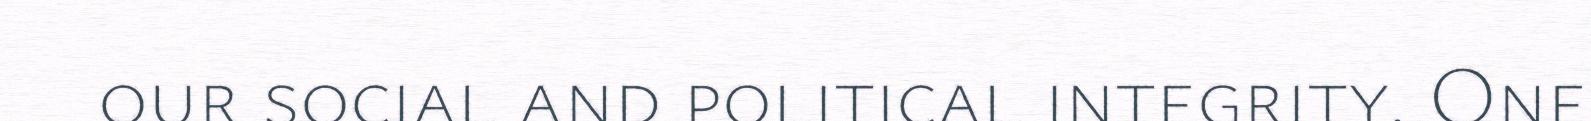
our social and political integrity. One